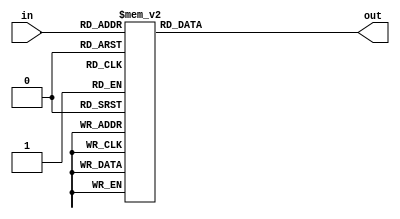
module five_decode(
    input [4:0] in,
    output reg [31:0] out
);

always @(*) begin
    case (in)
        5'h00: out = 32'h1;
        5'h01: out = 32'h2;
        5'h02: out = 32'h4;
        5'h03: out = 32'h8;
        5'h04: out = 32'h10;
        5'h05: out = 32'h20;
        5'h06: out = 32'h40;
        5'h07: out = 32'h80;
        5'h08: out = 32'h100;
        5'h09: out = 32'h200;
        5'h0A: out = 32'h400;
        5'h0B: out = 32'h800;
        5'h0C: out = 32'h1000;
        5'h0D: out = 32'h2000;
        5'h0E: out = 32'h4000;
        5'h0F: out = 32'h8000;
        5'h10: out = 32'h10000;
        5'h11: out = 32'h20000;
        5'h12: out = 32'h40000;
        5'h13: out = 32'h80000;
        5'h14: out = 32'h100000;
        5'h15: out = 32'h200000;
        5'h16: out = 32'h400000;
        5'h17: out = 32'h800000;
        5'h18: out = 32'h1000000;
        5'h19: out = 32'h2000000;
        5'h1A: out = 32'h4000000;
        5'h1B: out = 32'h8000000;
        5'h1C: out = 32'h10000000;
        5'h1D: out = 32'h20000000;
        5'h1E: out = 32'h40000000;
        5'h1F: out = 32'h80000000;
        default: out = 32'h0; 
    endcase 
end

endmodule